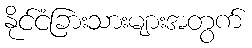
နိုင်ငံခြားသားများအတွက်